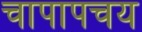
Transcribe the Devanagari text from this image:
चापापचय